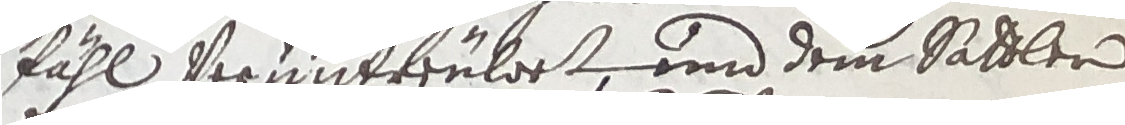
fähl vermitteülert und dem sattler